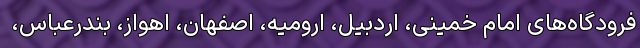
فرودگاه‌های امام خمینی، اردبیل، ارومیه، اصفهان، اهواز، بندرعباس،